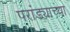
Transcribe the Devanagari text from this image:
परांड्याच्या